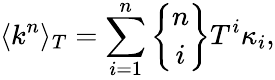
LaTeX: \langle k^{n}\rangle_{T}=\sum_{i=1}^{n}{n\brace i}T^{i}\kappa_{i},